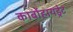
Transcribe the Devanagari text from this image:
कार्बोहायड्रेट